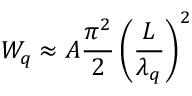
W _ { q } \approx A \frac { \pi ^ { 2 } } { 2 } \left( \frac { L } { \lambda _ { q } } \right) ^ { 2 }